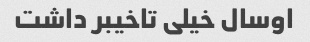
اوسال خیلی تاخیبر داشت